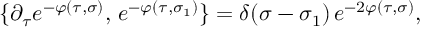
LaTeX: \{ \partial _ { \tau } e ^ { - \varphi ( \tau , \sigma ) } , \, e ^ { - \varphi ( \tau , \sigma _ { 1 } ) } \} = \delta ( \sigma - \sigma _ { 1 } ) \, e ^ { - 2 \varphi ( \tau , \sigma ) } ,